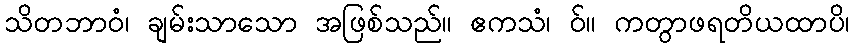
သိတဘာဝံ၊ ချမ်းသာသော အဖြစ်သည်။ ဧကသံ၊ ဝ်။ ကတွာဖရတိယထာပိ၊